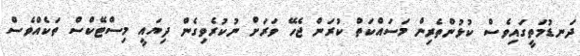
ދަނޑުމަތީގައިވެސް ކުޅުންތެރިން މަސައްކަތް ކުރަން ޖެހޭ ވަރަށް ނުކުރެވިގެން ދިޔައީ މިސްޓޭކްސް ތަކެއްވެސް